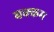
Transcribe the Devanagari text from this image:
बक्कम